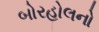
બોરહોલનો